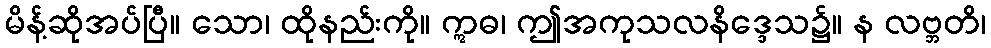
မိန့်ဆိုအပ်ပြီ။ သော၊ ထိုနည်းကို။ ဣဓ၊ ဤအကုသလနိဒ္ဒေသ၌။ န လဗ္ဘတိ၊